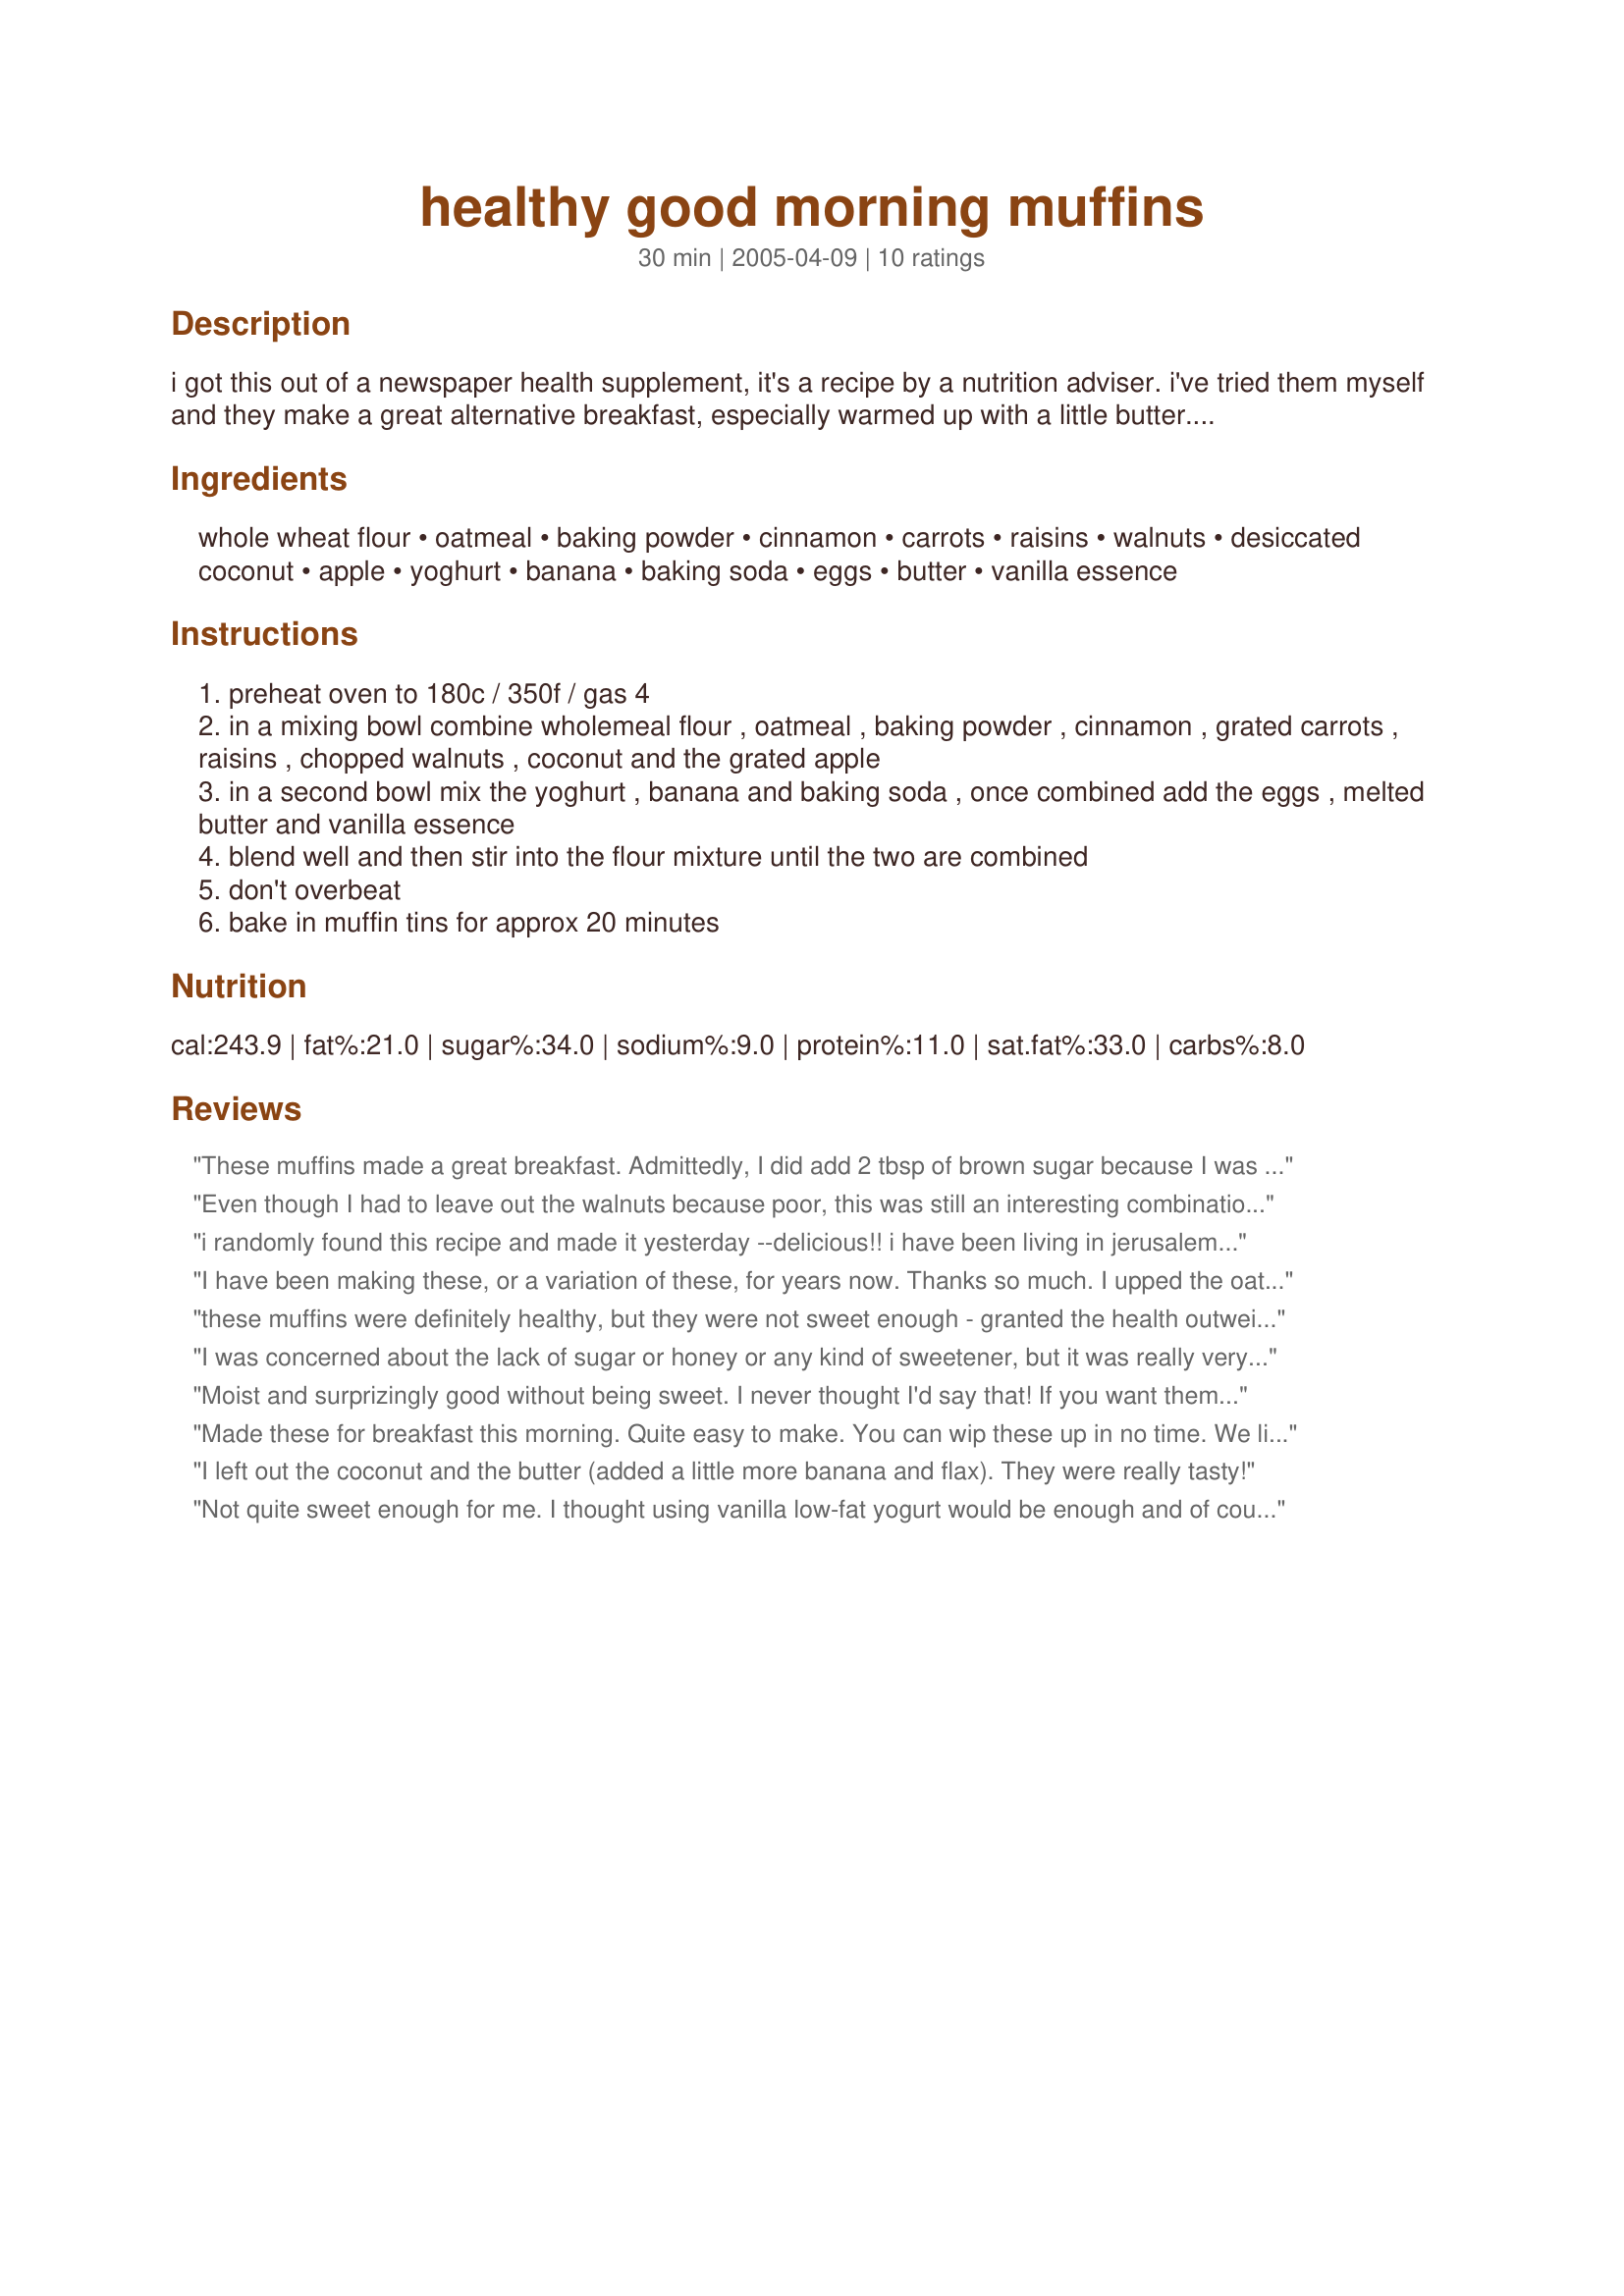
healthy good morning muffins
Preparation time: 30 minutes

i got this out of a newspaper health supplement, it's a recipe by a nutrition adviser. i've tried them myself and they make a great alternative breakfast, especially warmed up with a little butter. if you like a bit of sweetness use sweetened coconut or you can soak your raisins in apple juice overnight.

Ingredients:
whole wheat flour, oatmeal, baking powder, cinnamon, carrots, raisins, walnuts, desiccated coconut, apple, yoghurt, banana, baking soda, eggs, butter, vanilla essence

Steps:
preheat oven to 180c / 350f / gas 4
in a mixing bowl combine wholemeal flour , oatmeal , baking powder , cinnamon , grated carrots , raisins , chopped walnuts , coconut and the grated apple
in a second bowl mix the yoghurt , banana and baking soda , once combined add the eggs , melted butter and vanilla essence
blend well and then stir into the flour mixture until the two are combined
don't overbeat
bake in muffin tins for approx 20 minutes

Reviews:
These muffins made a great breakfast. Admittedly, I did add 2 tbsp of brown sugar because I was afraid of making these without any at all but next time I will leave it out. To make them even healthier, I replaced half of the butter with canola oil. Otherwise, I did everything as directed.
Even though I had to leave out the walnuts because poor, this was still an interesting combination of all things healthful. Like many other have noted, it&#039;s a little lacking in sweetness. But that doesn&#039;t necessarily make these muffins &quot;healthy&quot;. It was a bit too heavy on the fat with so much butter and yogurt in my opinion. If I make something like this again, I might also add more spices, more like for a carrot cake. Overall, this recipe was interesting but not the best. Might tweak it and repeat though. :)
i randomly found this recipe and made it yesterday --delicious!! i have been living in jerusalem for 7 months now and am missing my new england healthy food. the muffins were a big hit with my torah class too!
I have been making these, or a variation of these, for years now. Thanks so much. I upped the oatmeal amount and lowered the flour amount, have added sunflower seeds and more raisins, have made with oil instead of butter, and also tried with 2 eggs... A great base recipe in my opinion. Thanks again!
these muffins were definitely healthy, but they were not sweet enough - granted the health outweighed the sweetness. Next time though, I would add something sweet, whether it be white chocolate chips or a bit of suger (obviously not AS healthy then!) but overall a fairly good muffin!
I was concerned about the lack of sugar or honey or any kind of sweetener, but it was really very good. I used blueberry yogurt. Very nice.
Moist and surprizingly good without being sweet. I never thought I'd say that! If you want them sweeter, try them with honey when you eat them. These also "stick" with you longer than some sugary muffins.
Made these for breakfast this morning. Quite easy to make. You can wip these up in no time. We liked these alot. The next time I am going to add honey to them for alittle sweeter version. A must try,
I left out the coconut and the butter (added a little more banana and flax).
They were really tasty!
Not quite sweet enough for me. I thought using vanilla low-fat yogurt would be enough and of course the added raisins and apples..but it wasn't. I did add a few t's of flax seed as well and left out the coconut. (there was my mistake for added sweetness - duh). Over all a nice healthy muffin for anytime. Made for Nuffin But Muffin Tag in KK's forum.
